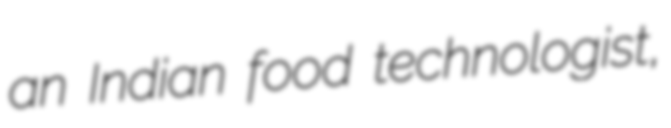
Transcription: an Indian food technologist,